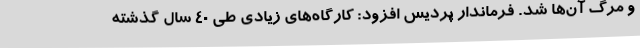
و مرگ آن‌ها شد. فرماندار پردیس افزود: کارگاه‌های زیادی طی ۴۰ سال گذشته